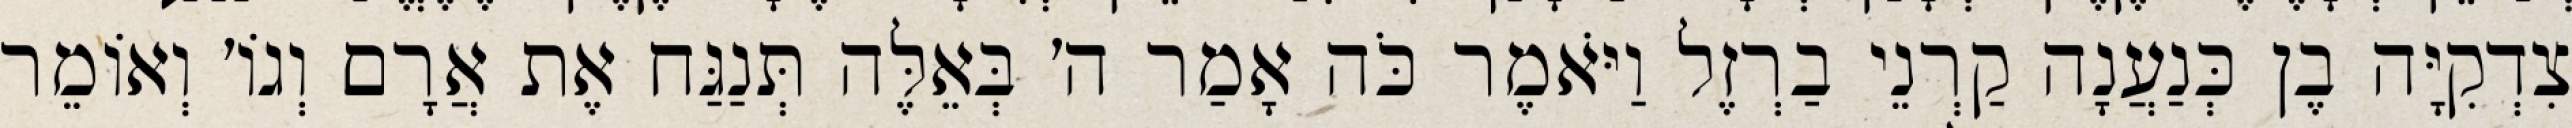
צִדְקִיָּה בֶן כְּנַעֲנָה קַרְנֵי בַרְזֶל וַיֹּאמֶר כֹּה אָמַר ה׳ בְּאֵלֶּה תְּנַגַּח אֶת אֲרָם וְגוֹ׳ וְאוֹמֵר